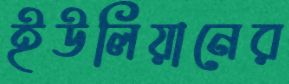
ইউলিয়ানের